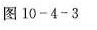
图10-4-3